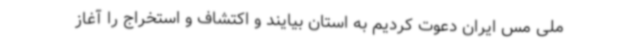
ملی مس ایران دعوت کردیم به استان بیایند و اکتشاف و استخراج را آغاز